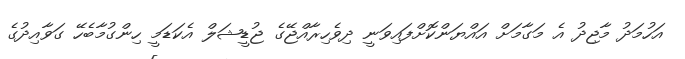
އަހުމަދު މާޖިދު އެ މަގާމަށް އައްޔަންކޮށްފައިވަނީ ދިވެހިރާއްޖޭގެ ޖުޑީޝަލް އެކަޑަމީ ހިންގުމާބެހޭ ގަވާއިދުގެ